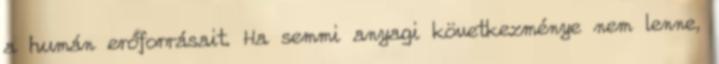
a humán erőforrásait. Ha semmi anyagi következménye nem lenne,